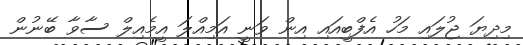
މިދިޔަ ޖުލައި މަހު އެފްބީއައި އިން ވަނީ އަމިއްލަ އީމެއިލް ސާވާ ބޭނުން